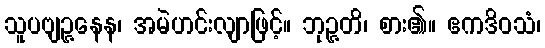
သူပဗျဉ္ဇနေန၊ အမဲဟင်းလျာဖြင့်။ ဘုဉ္ဇတိ၊ စား၏။ ဧကဒိဝသံ၊